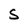
Character: s